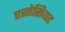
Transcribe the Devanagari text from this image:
एसोसियट